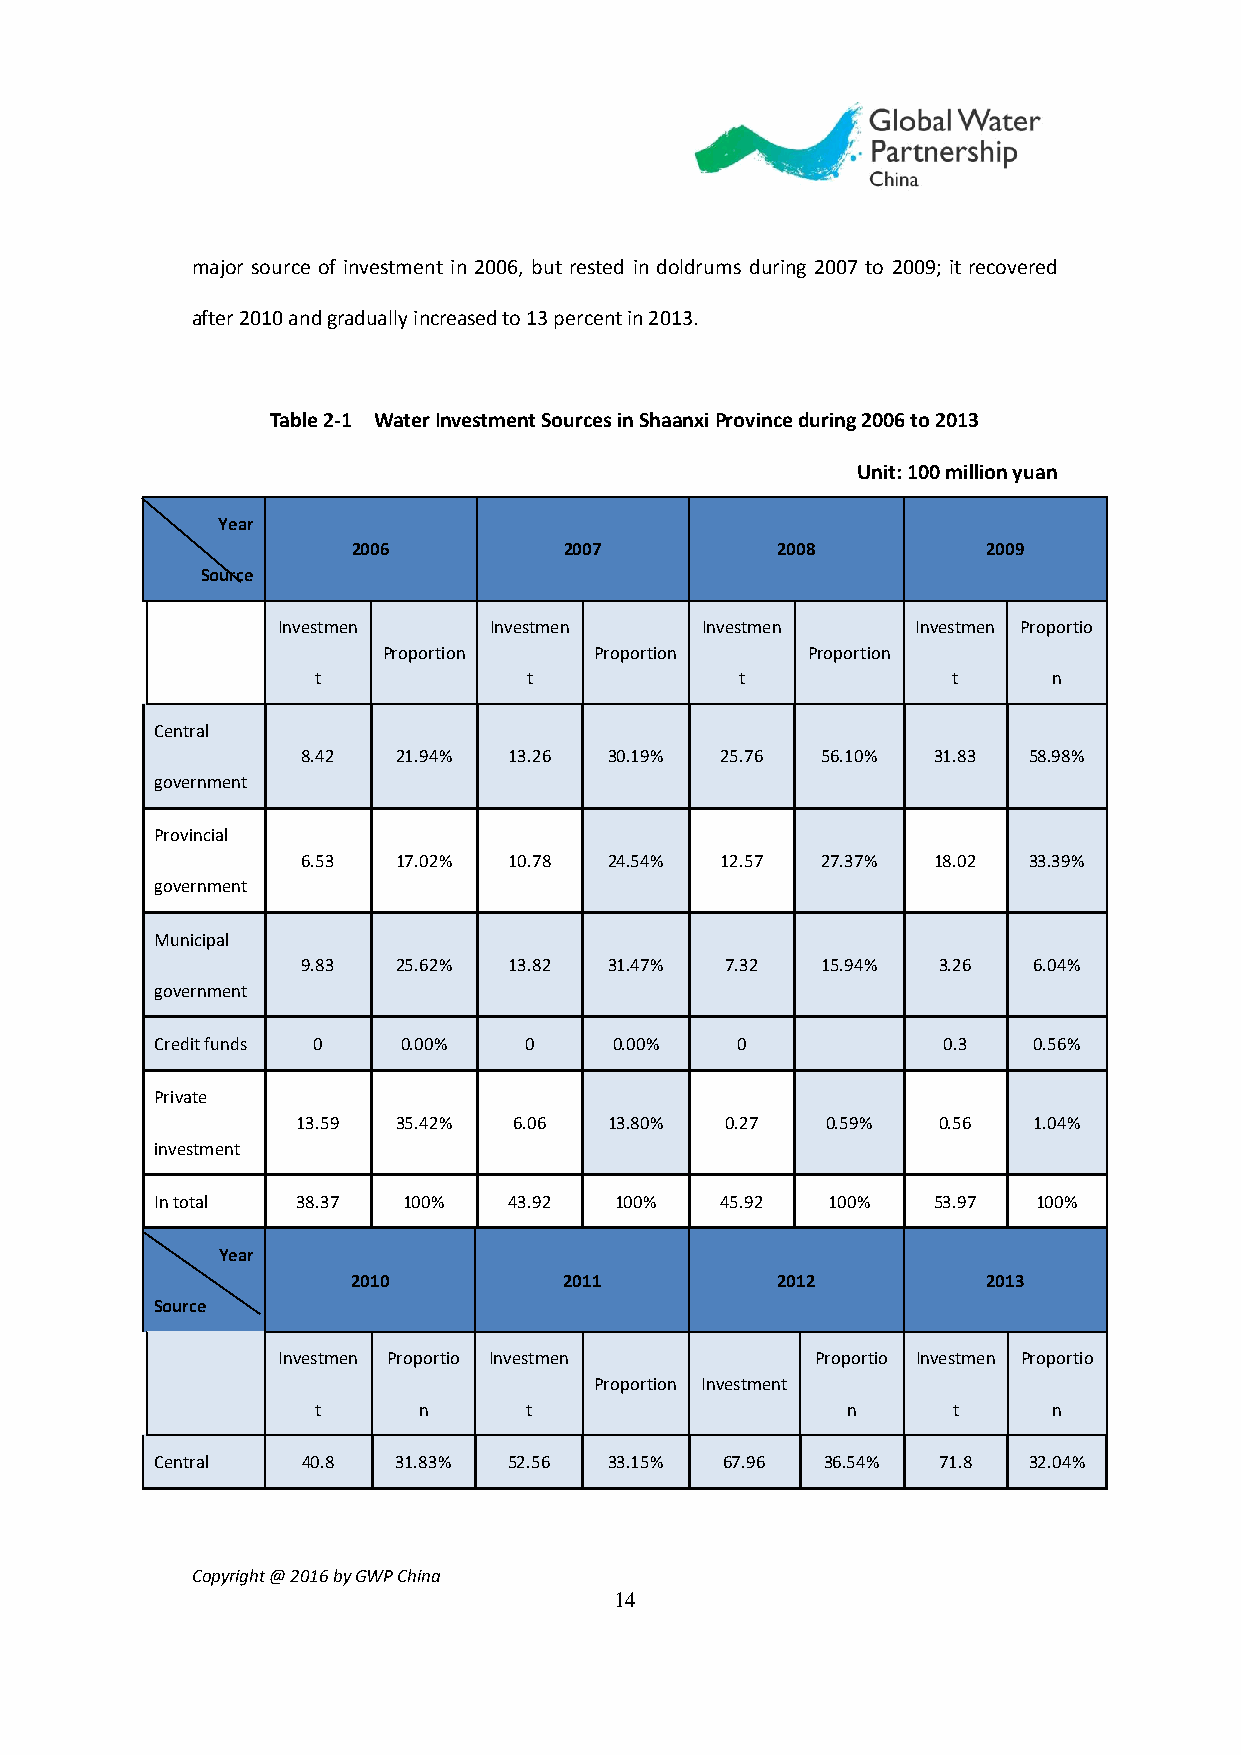
major source of investment in 2006, but rested in doldrums during 2007 to 2009; it recovered
 after 2010 and gradually increased to 13 percent in 2013.
 Table 2-1 Water Investment Sources in Shaanxi Province during 2006 to 2013
 Unit: 100 million yuan
 Year
 2006          2007          2008          2009
 Source
 Investmen     Investmen     Investmen      Investmen Proportio
 Proportion    Proportion    Proportion
 t             t             t             t      n
 Central
 8.42  21.94%  13.26 30.19%  25.76 56.10%  31.83 58.98%
 government
 Provincial
 6.53  17.02%  10.78 24.54%  12.57 27.37%  18.02 33.39%
 government
 Municipal
 9.83  25.62%  13.82 31.47%  7.32  15.94%  3.26  6.04%
 government
 Credit funds 0   0.00%   0     0.00%   0            0.3   0.56%
 Private
 13.59 35.42%  6.06  13.80%  0.27   0.59%  0.56  1.04%
 investment
 In total  38.37  100%   43.92  100%   45.92  100%   53.97  100%
 Year
 2010          2011          2012          2013
 Source
 Investmen Proportio Investmen       Proportio Investmen Proportio
 Proportion Investment
 t      n      t                    n      t      n
 Central   40.8  31.83%  52.56 33.15%  67.96 36.54%  71.8  32.04%
 Copyright @ 2016 by GWP China
 14